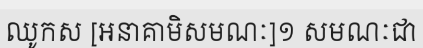
ឈូកស [អនាគាមិសមណៈ]១ សមណៈជា